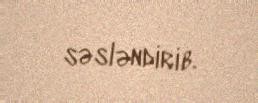
səsləndirib.